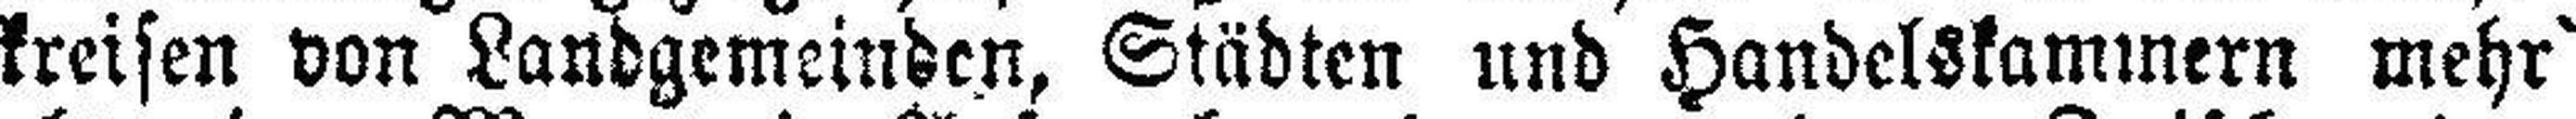
kreisen von Landgemeinden, Städten und Handelskammern mehr